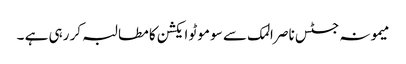
میمونہ جسٹس ناصر المک سے سو موٹو ایکشن کا مطالبہ کر رہی ہے ۔